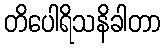
တိပေါရိသနိခါတာ